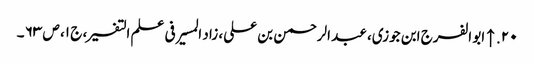
۲۰. ↑ ابو الفرج ابن جوزی، عبد الرحمن بن علی، زاد المسیر فی علم التفسیر، ج ۱، ص ۶۳ ۔